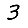
Digit: 3